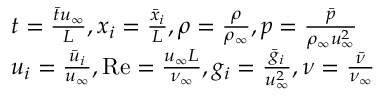
\begin{array} { r l } & { t = \frac { \bar { t } { { u } _ { \infty } } } { L } , { { x } _ { i } } = \frac { { { { \bar { x } } } _ { i } } } { L } , \rho = \frac { \rho } { { { \rho } _ { \infty } } } , p = \frac { { \bar { p } } } { { { \rho } _ { \infty } } u _ { \infty } ^ { 2 } } } \\ & { { { u } _ { i } } = \frac { { { { \bar { u } } } _ { i } } } { { { u } _ { \infty } } } , \operatorname { R e } = \frac { { { u } _ { \infty } } L } { { { \nu } _ { \infty } } } , { { g } _ { i } } = \frac { { { { \bar { g } } } _ { i } } } { u _ { \infty } ^ { 2 } } , \nu = \frac { { \bar { \nu } } } { { { \nu } _ { \infty } } } } \end{array}